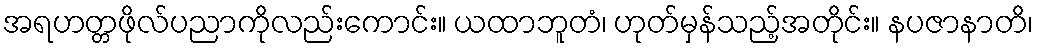
အရဟတ္တဖိုလ်ပညာကိုလည်းကောင်း။ ယထာဘူတံ၊ ဟုတ်မှန်သည့်အတိုင်း။ နပဇာနာတိ၊